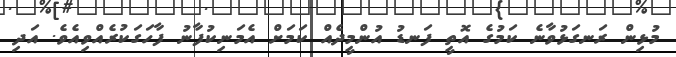
މުޅިން ރަނގަޅުވާނެ ކަމުގެ އޮތީ ފަނޑު އުންމީދެއް ކަމަށް އެމަނިކުފާނު ފާހަގަކުރެއްވިއެވެ. އަދި